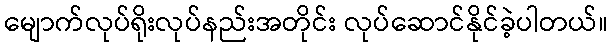
မျောက်လုပ်ရိုးလုပ်နည်းအတိုင်း လုပ်ဆောင်နိုင်ခဲ့ပါတယ်။